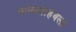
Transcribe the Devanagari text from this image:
नानासाहेबला